Document type: Testament
Year: 1362
Scribe: Berenguer Vergós
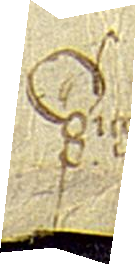
Sig